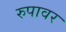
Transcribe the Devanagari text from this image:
रुपावर